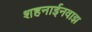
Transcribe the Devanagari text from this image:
शहनाईनवाझ